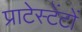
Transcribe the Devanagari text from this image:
प्राटेस्टेंटों